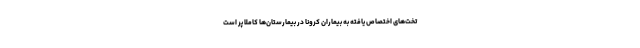
تخت‌های اختصاص یافته به بیماران کرونا در بیمارستان‌ها کاملا پر است